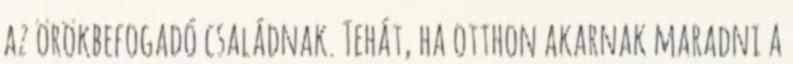
az örökbefogadó családnak. Tehát, ha otthon akarnak maradni a